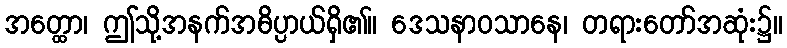
အတ္ထော၊ ဤသို့အနက်အဓိပ္ပာယ်ရှိ၏။ ဒေသနာဝသာနေ၊ တရားတော်အဆုံး၌။